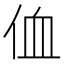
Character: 侐